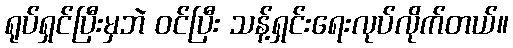
ရုပ်ရှင်ပြီးမှဘဲ ဝင်ပြီး သန့်ရှင်းရေးလုပ်လိုက်တယ်။